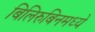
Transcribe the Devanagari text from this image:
बिलिरुबिनमध्ये